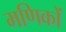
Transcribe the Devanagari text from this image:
मणिकों